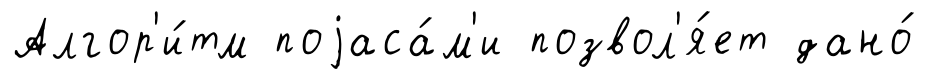
Алгор'и́тм поjаса́м'и позвол'я́ет дано́